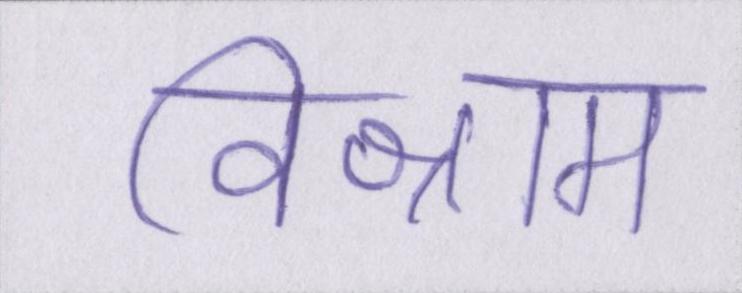
विश्राम